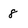
Character: 8